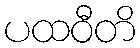
ပထဝီတိ